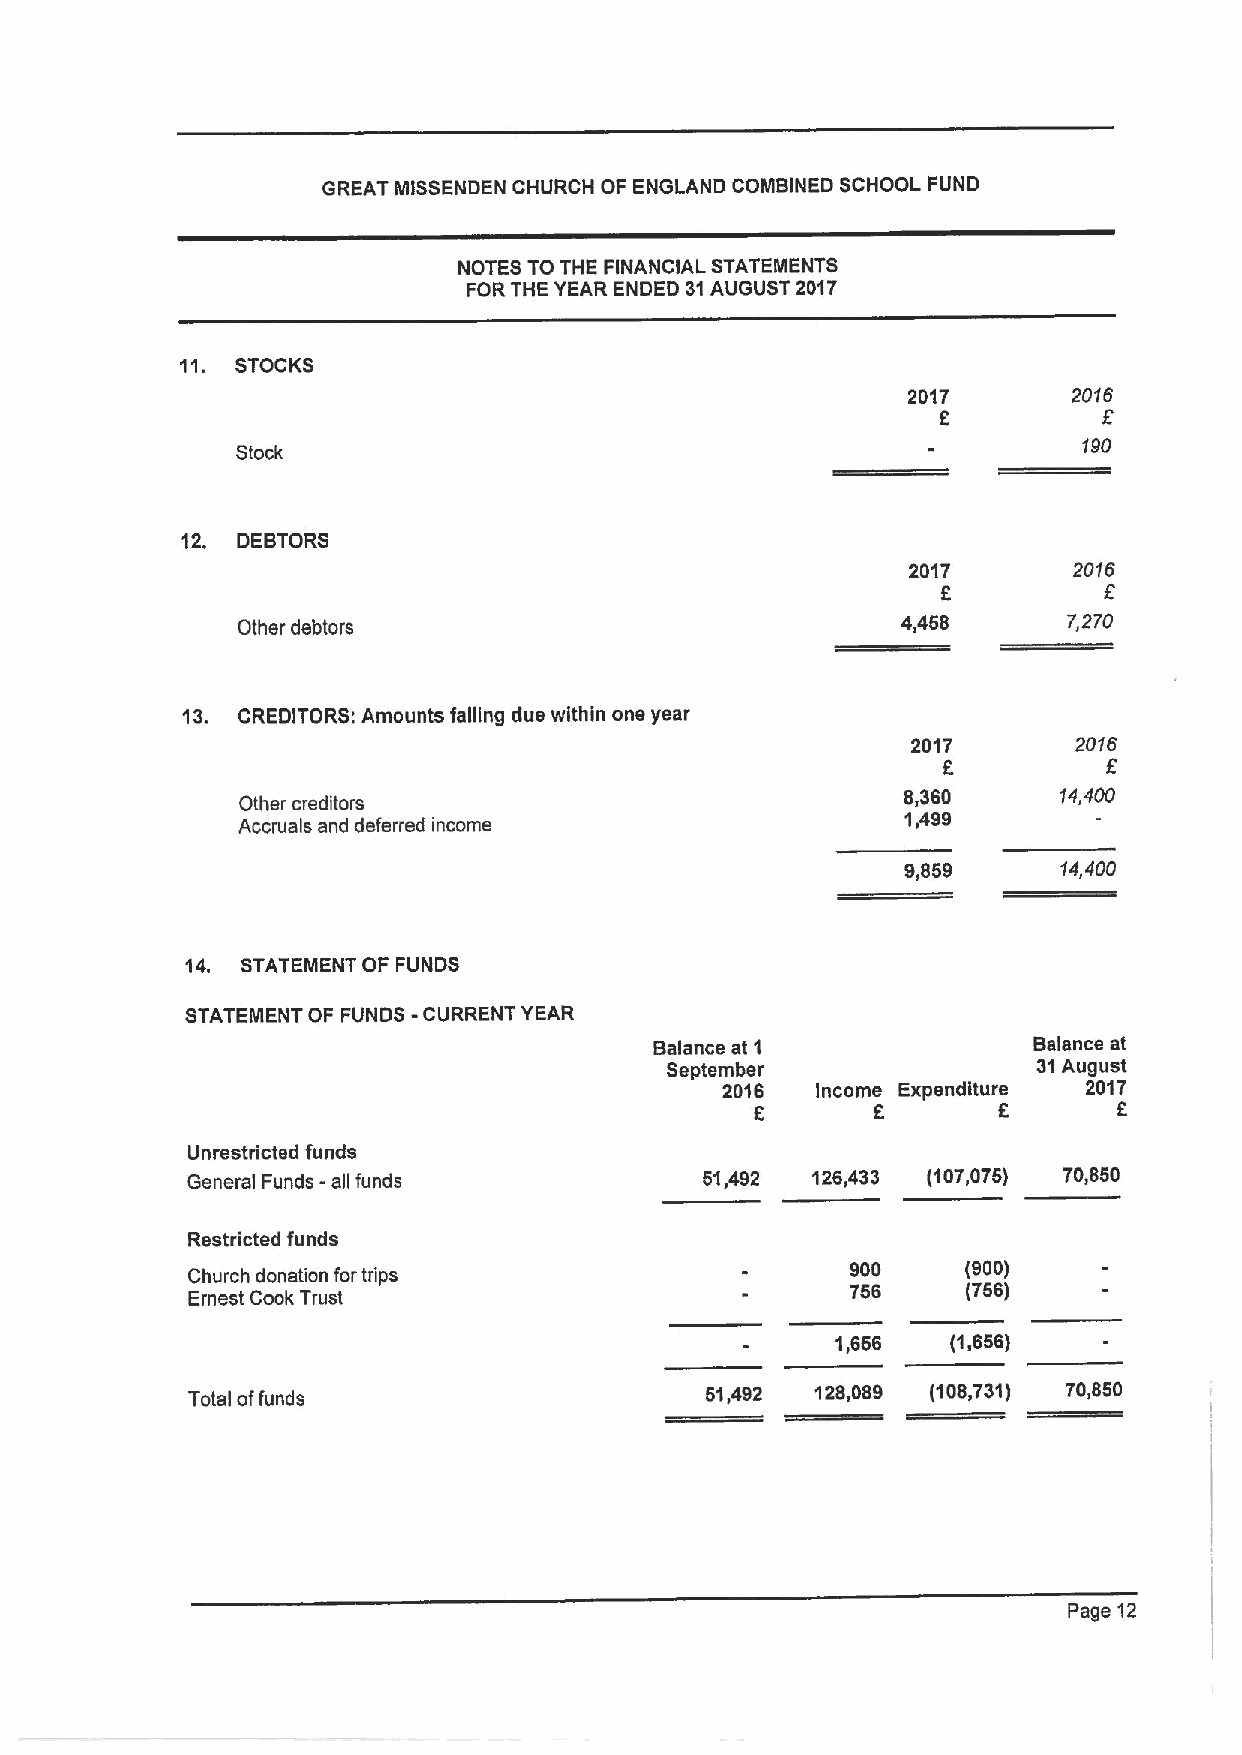
GREAT MISSENDEN CHURCH OF ENGLAND COMBINED SCHOOL FUND
 NOTES TO THE FINANCIAL STATEMENTS
 FORTHE YEAR ENDED 31AUGUST 2017
 11. STOCKS
 2017       2016
 6
 190
 Stock
 12. DEBTORS
 2017       20'i6
 6
 Other debtors
 4,458      7,270
 13. CREDITORS; Amounts falling due within one year
 2017       2015
 F
 Other creditors
 8,360     14,400
 1,499
 Accruals and deferred income
 9,859     14,400
 14. STATEMENT OF FUNDS
 STATEMENT OF FUNDS - CURRENT YEAR
 Balance at 1             Balance at
 September                31August
 2016  Income Expenditure 2017
 6       6       6       6
 Unrestricted funds
 General Funds - all funds          51,492 126,433 (107,075) 70,850
 Restricted funds
 900     (900)
 Church donation fortrips
 756     (766)
 Ernest Cook Trust
 1,656   (1,656)
 Total offunds                      51,492 128,089 (108,731) 70,850
 Page 12